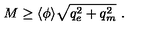
M \geq \langle \phi \rangle \sqrt { q _ { e } ^ { 2 } + q _ { m } ^ { 2 } } \ .